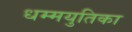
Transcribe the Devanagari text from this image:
धम्मयुतिका